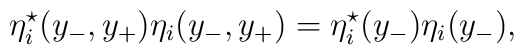
{\eta}_i^{\star}(y_{-},y_{+}) {\eta}_i(y_{-},y_{+}) ={\eta}_i^{\star}(y_{-}) {\eta}_i(y_{-}),